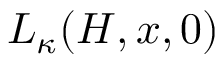
L _ { \kappa } ( H , x , 0 )